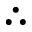
\therefore